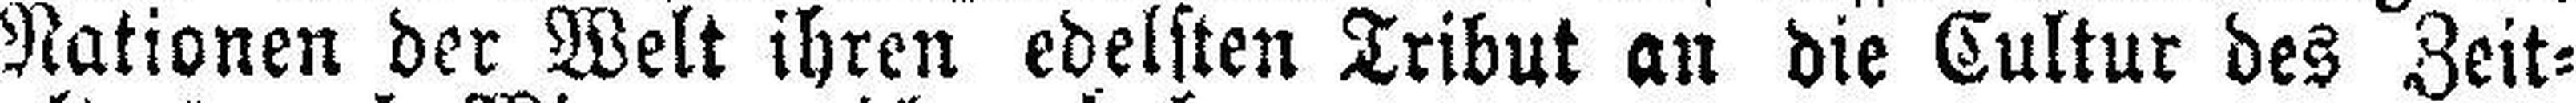
Nationen der Welt ihren edelsten Tribut an die Cultur des Zeit¬